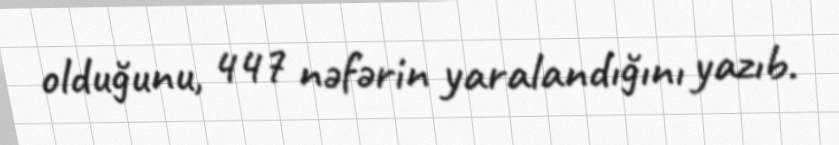
olduğunu, 447 nəfərin yaralandığını yazıb.